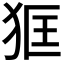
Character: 𤝿